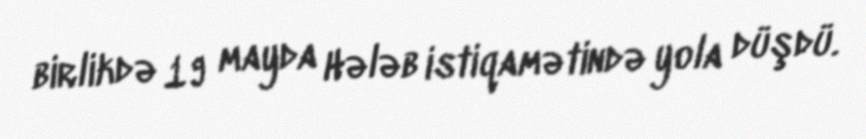
birlikdə 19 mayda Hələb istiqamətində yola düşdü.